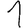
Digit: 1